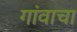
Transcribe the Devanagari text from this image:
गांवाचा